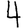
Digit: 4